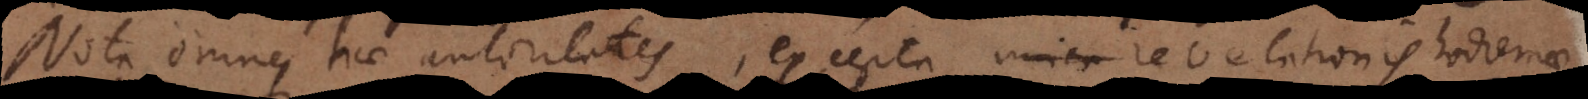
Nota omnes hae autoritates, excepta revelationis hodiernae